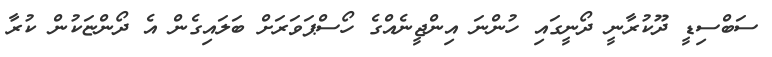
ސަބްސިޑީ ދޫކުރާނީ ދޯނީގައި ހުންނަ އިންޖީނެއްގެ ހޯސްޕަވަރަށް ބަލައިގެން އެ ދޯންޏަކުން ކުރާ